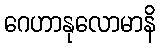
ဂေဟာနုလောမာနိ